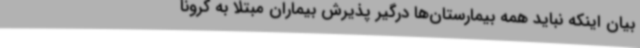
بیان اینکه نباید همه بیمارستان‌ها درگیر پذیرش بیماران مبتلا به کرونا